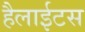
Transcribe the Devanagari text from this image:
हैलाईटस